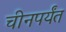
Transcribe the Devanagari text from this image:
चीनपर्यंत